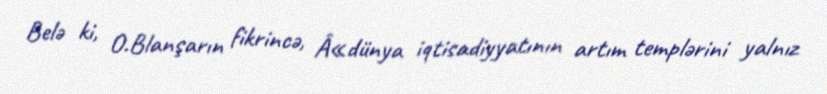
Belə ki, O.Blanşarın fikrincə, Â«dünya iqtisadiyyatının artım templərini yalnız